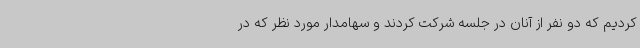
کردیم که دو نفر از آنان در جلسه شرکت کردند و سهامدار مورد نظر که در